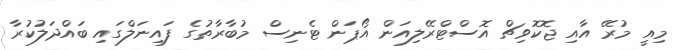
މިއީ މުރޭ އާއި ޖޮކޮވިޗް އޮސްޓްރޭލިއަން އޯޕަން ޓެނިސް މުބާރާތުގެ ފައިނަލްގައި ބައްދަލުކުރާ